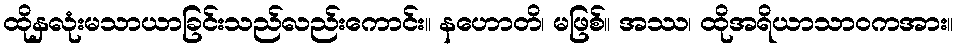
ထိုနှလုံးမသာယာခြင်းသည်လည်းကောင်း။ နဟောတိ၊ မဖြစ်။ အဿ၊ ထိုအရိယာသာဝကအား။